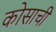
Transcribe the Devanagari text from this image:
कोसाची